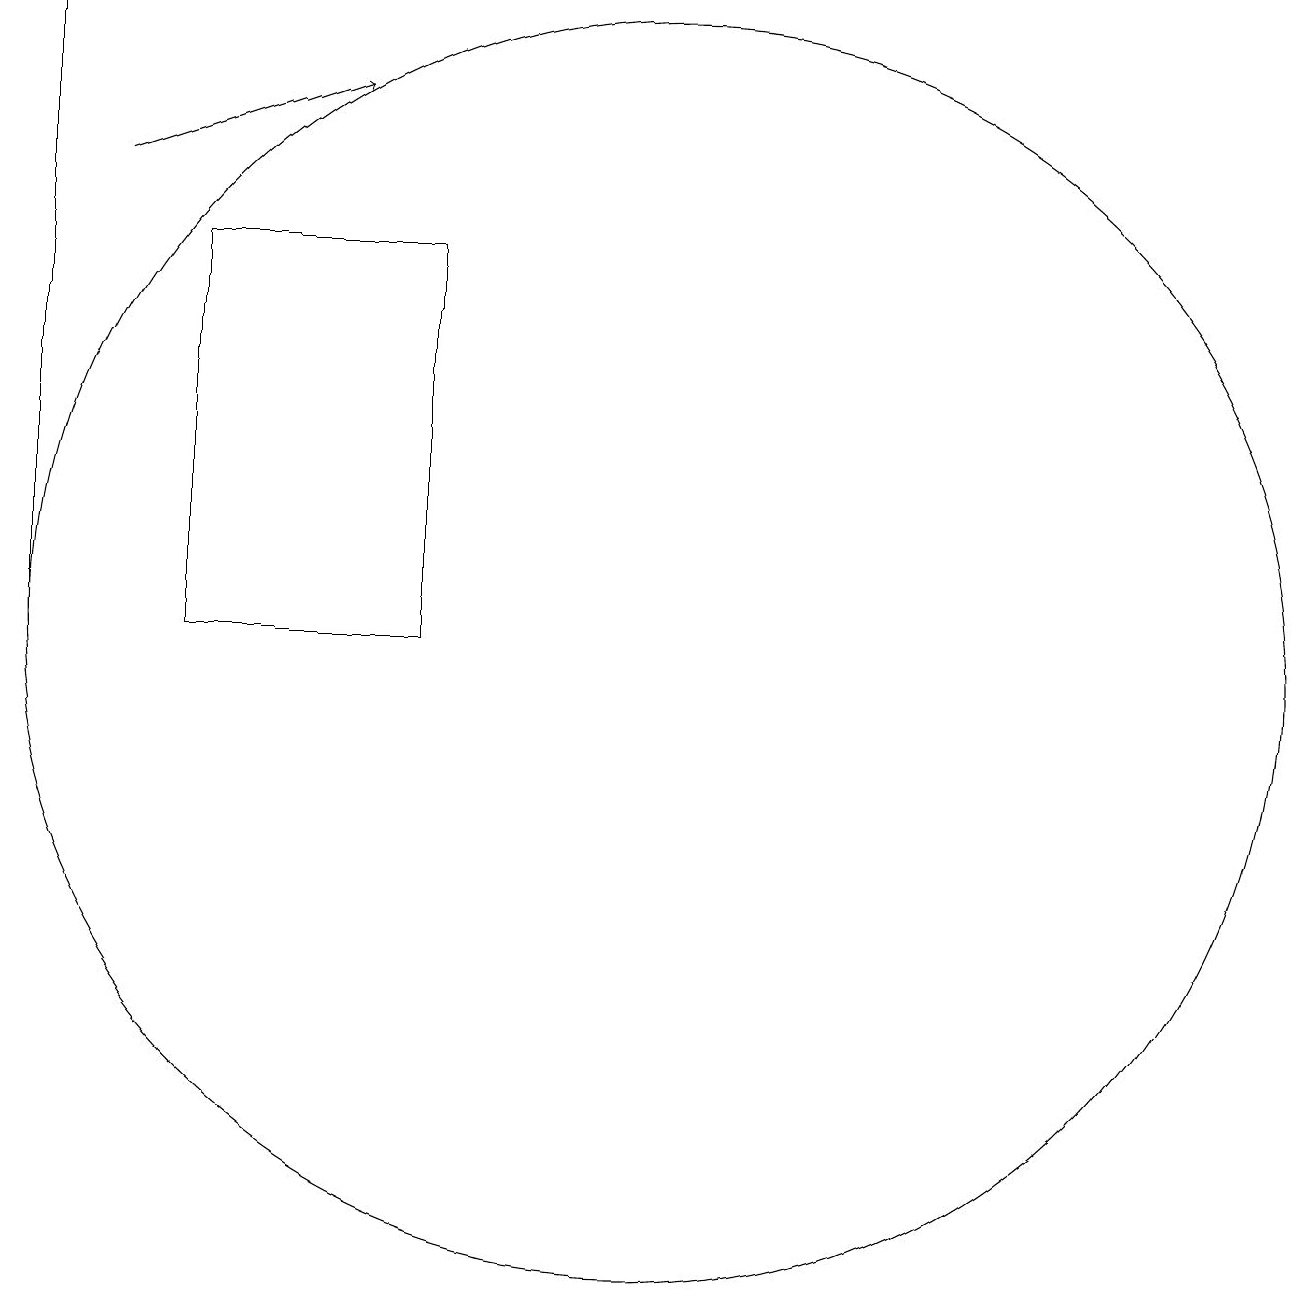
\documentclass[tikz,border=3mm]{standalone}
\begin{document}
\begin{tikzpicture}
\draw (10,10) circle (8);
\draw (4,10) rectangle (7,15);
\draw[->] (3,16) -- (6,17);
\draw (2,10) rectangle (2,18);
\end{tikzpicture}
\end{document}